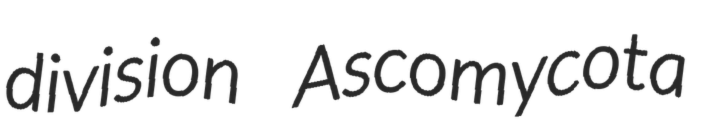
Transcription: division Ascomycota